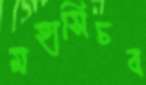
মহাসিচব